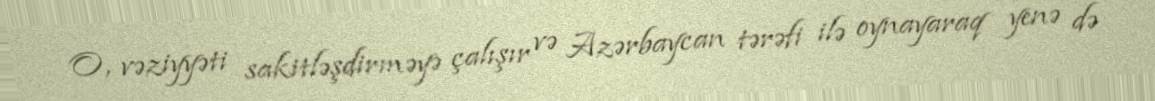
O, vəziyyəti sakitləşdirməyə çalışır və Azərbaycan tərəfi ilə oynayaraq yenə də